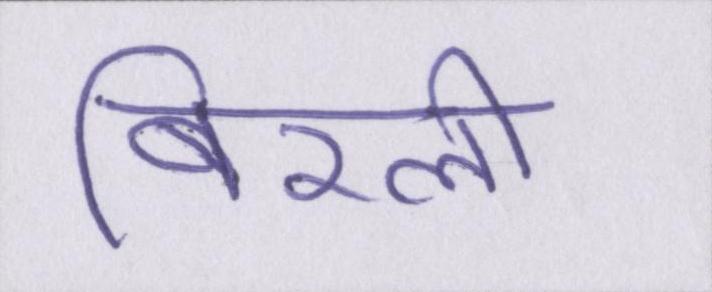
बिरली